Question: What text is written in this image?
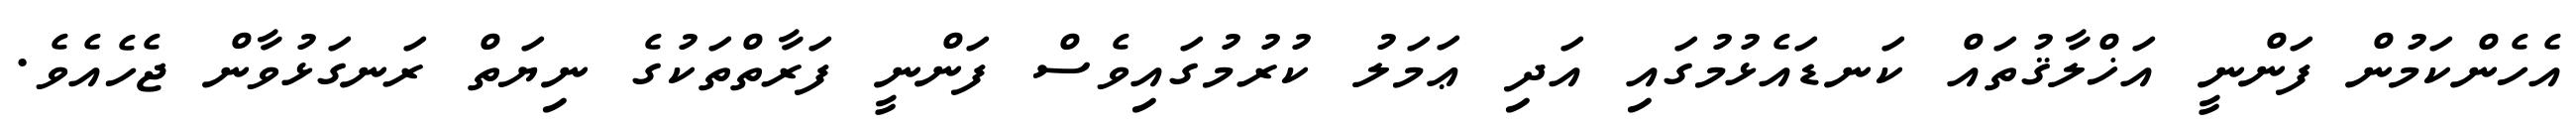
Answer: އެހެންކަމުން ފަންނީ އަޚްލާޤުތައް ކަނޑައެޅުމުގައި އަދި ޢަމަލު ކުރުމުގައިވެސް ފަންނީ ފަރާތްތަކުގެ ނިޔަތް ރަނގަޅުވާން ޖެހެއެވެ.